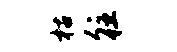
枯往